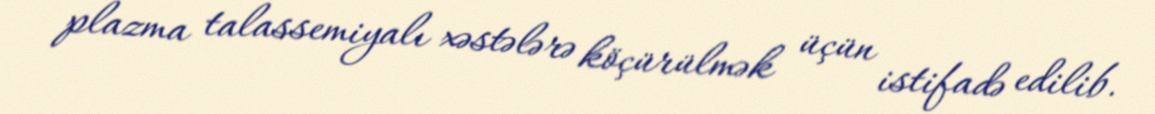
plazma talassemiyalı xəstələrə köçürülmək üçün istifadə edilib.